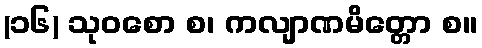
(၁၆) သုဝစော စ၊ ကလျာဏမိတ္တော စ။